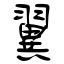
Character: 翼